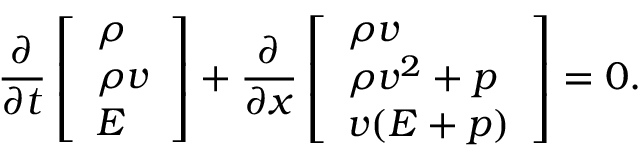
\frac { \partial } { \partial t } \left[ \begin{array} { l } { \rho } \\ { \rho v } \\ { E } \end{array} \right] + \frac { \partial } { \partial x } \left[ \begin{array} { l } { \rho v } \\ { \rho v ^ { 2 } + p } \\ { v ( E + p ) } \end{array} \right] = 0 .